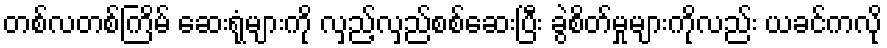
တစ်လတစ်ကြိမ် ဆေးရုံများကို လှည့်လှည်စစ်ဆေးပြီး ခွဲစိတ်မှုများကိုလည်း ယခင်ကလို